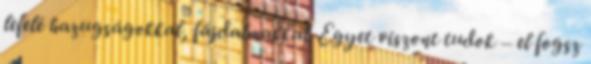
lefelé hazugságokkal, fájdalmakkal. Egyet viszont tudok – el fogsz